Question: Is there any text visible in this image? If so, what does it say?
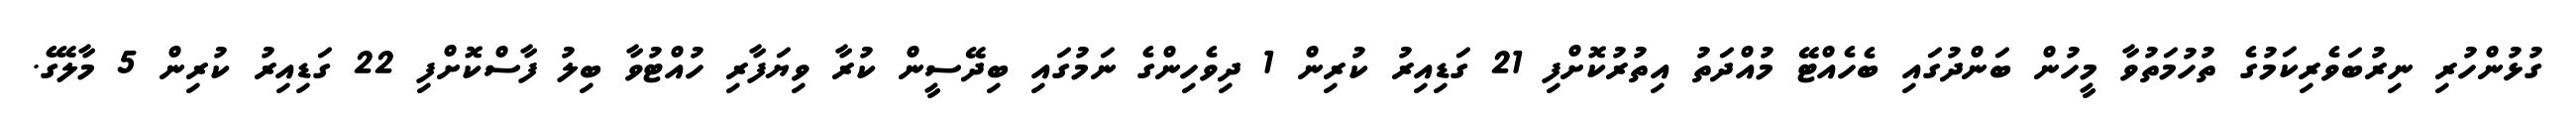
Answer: ގުޅުންހުރި ނިރުބަވެރިކަމުގެ ތުހުމަތުވާ މީހުން ބަންދުގައި ބެހެއްޓޭ މުއްދަތު އިތުރުކޮށްފި 21 ގަޑިއިރު ކުރިން 1 ދިވެހިންގެ ނަމުގައި ބިދޭސީން ކުރާ ވިޔަފާރި ހުއްޓުވާ ބިލު ފާސްކޮށްފި 22 ގަޑިއިރު ކުރިން 5 މާލޭގެ.